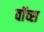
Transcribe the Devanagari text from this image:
वॉच्स